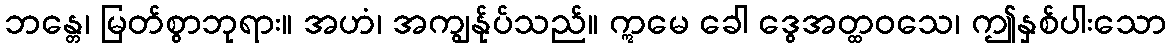
ဘန္တေ၊ မြတ်စွာဘုရား။ အဟံ၊ အကျွန်ုပ်သည်။ ဣမေ ခေါ ဒွေအတ္ထဝသေ၊ ဤနှစ်ပါးသော